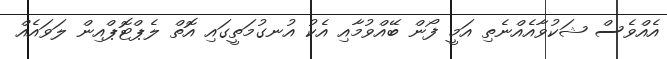
އެއްވެސް ޝަކުވާއެއްނެތި އަމީ ފޯން ބޭއްވުމާއި އެކު އުނގުމަތީގައި އޮތް ލެޕްޓޮޕްއިން ލަވައެއް